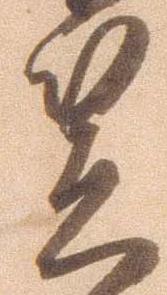
笠